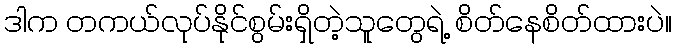
ဒါက တကယ်လုပ်နိုင်စွမ်းရှိတဲ့သူတွေရဲ့ စိတ်နေစိတ်ထားပဲ။